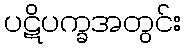
ပဋိပက္ခအတွင်း